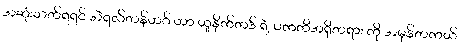
အဆုံးသတ်ရရင် အဲရလ်တန်ဟဂ် ဟာ ယူနိုက်တဒ် ရဲ့ ပကတိအရှိတရား ကို အမှန်တကယ်